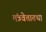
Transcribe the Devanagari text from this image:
मंत्रवेत्तातथा